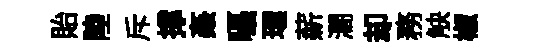
貽陸斥撑姦囁環薪濶却務觖椒